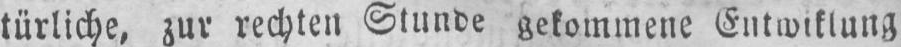
türliche, zur rechten Stunde gekommene Entwiklung